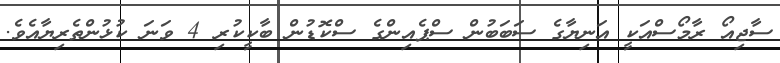
ސާޖިއޯ ރާމޯސްއަކީ އަނިޔާގެ ސަބަބުން ސްޕެއިންގެ ސްކޮޑުން ބާކީކުރި 4 ވަނަ ކުޅުންތެރިޔާއެވެ.